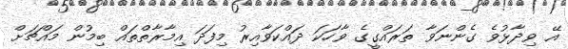
އޭ ވިދާޅުވެ ގެންނަވާ ތަރައްގީގެ ވާހަކަ ދައްކަވާއިރު މިފަދަ އިމާރާތްތައް ބިމުން މައްޗަށް